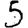
Digit: 5